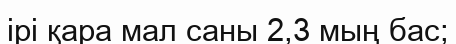
ірі қара мал саны 2,3 мың бас;